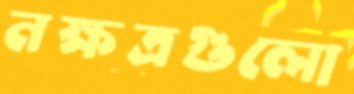
নক্ষত্রগুলো